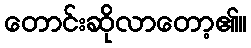
တောင်းဆိုလာတော့၏။